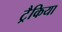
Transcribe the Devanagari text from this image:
ट्रैकिया